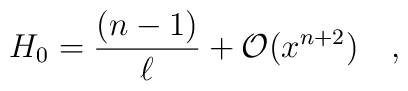
H_0=\frac{(n-1)}{\ell}+{\cal O}(x^{n+2}) \quad ,